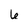
Character: 6